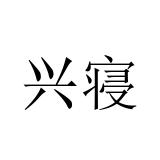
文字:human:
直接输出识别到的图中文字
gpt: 兴寝